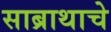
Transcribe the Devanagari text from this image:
साब्राथाचे